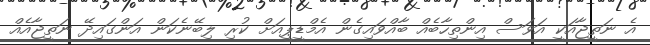
އެ ނަތީޖާއަކީ އަވަސް އިންތިހާބެއް ބާއްވައިގެން އެމްޑީޕީއަށް ކުރި ލިބޭނެކަން އަންގައިދޭ ނަތީޖާއެއް